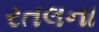
રતલના